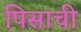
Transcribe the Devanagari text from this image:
पिसाची